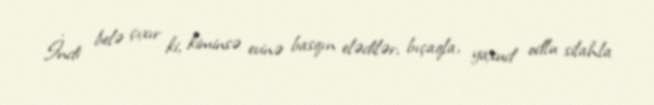
İndi belə çıxır ki, kiminsə evinə basqın elədilər, bıçaqla, yaxud odlu silahla